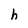
Character: h